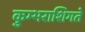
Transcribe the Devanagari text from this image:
कुम्भराशिगते